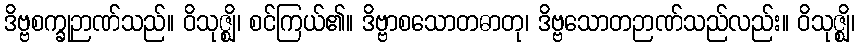
ဒိဗ္ဗစက္ခုဉာဏ်သည်။ ဝိသုဇ္ဈိ၊ စင်ကြယ်၏။ ဒိဗ္ဗာစသောတဓာတု၊ ဒိဗ္ဗသောတဉာဏ်သည်လည်း။ ဝိသုဇ္ဈိ၊